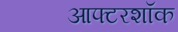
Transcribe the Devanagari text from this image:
आफ्टरशॉक